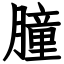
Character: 朣